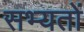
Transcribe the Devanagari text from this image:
सभ्यतों